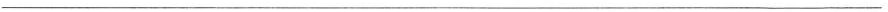
___